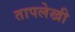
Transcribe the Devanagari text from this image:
तापलेखी